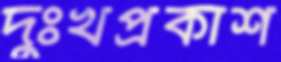
দুঃখপ্রকাশ